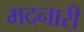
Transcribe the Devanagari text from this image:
मदनारी